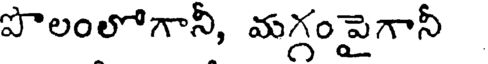
పొలంలోగానీ, మగ్గంపైగానీ